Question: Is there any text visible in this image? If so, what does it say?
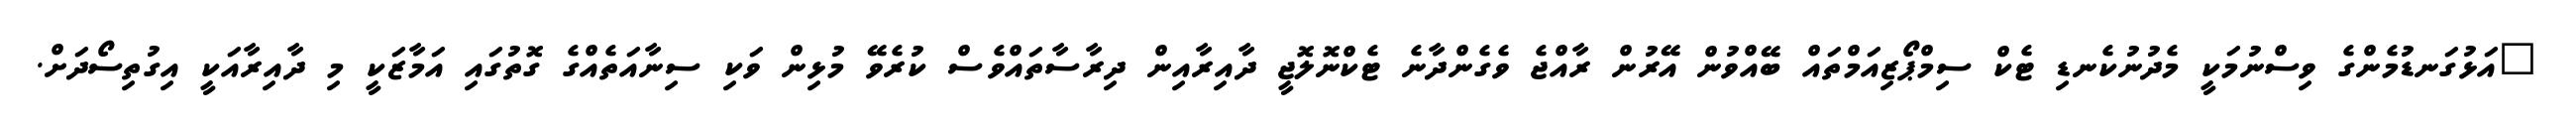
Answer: "އަޅުގަނޑުމެންގެ ވިސްނުމަކީ މެދުނުކެނޑި ޓެކް ސިމްޕޯޒިއަމްތައް ބޭއްވުން އޭރުން ރާއްޖެ ވެގެންދާނެ ޓެކްނޮލޮޖީ ދާއިރާއިން ދިރާސާތައްވެސް ކުރެވޭ މުޅިން ވަކި ސިނާއަތެއްގެ ގޮތުގައި އަމާޒަކީ މި ދާއިރާއަކީ އިގުތިސޯދަށް.